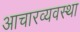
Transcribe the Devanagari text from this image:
आचारव्यवस्था